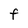
Character: f